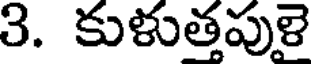
3. కుళుత్తపుళై